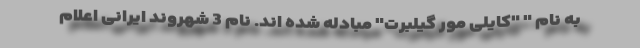
به نام " "کایلی مور گیلبرت" مبادله شده اند. نام 3 شهروند ایرانی اعلام